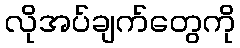
လိုအပ်ချက်တွေကို